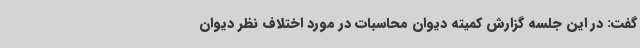
گفت: در این جلسه گزارش کمیته دیوان محاسبات در مورد اختلاف نظر دیوان